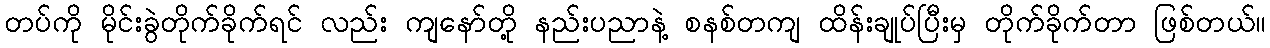
တပ်ကို မိုင်းခွဲတိုက်ခိုက်ရင် လည်း ကျနော်တို့ နည်းပညာနဲ့ စနစ်တကျ ထိန်းချုပ်ပြီးမှ တိုက်ခိုက်တာ ဖြစ်တယ်။